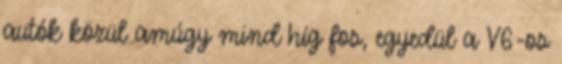
autók közül amúgy mind híg fos, egyedül a V6-os